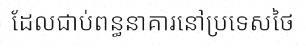
ដែលជាប់ពន្ធនាគារនៅប្រទេសថៃ